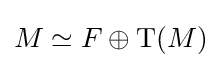
M\simeq F\oplus \mathrm {T} (M)